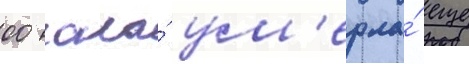
00 она́ ум'ерла́ еще